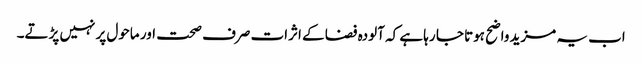
اب یہ مزید واضح ہوتا جا رہا ہے کہ آلودہ فضا کے اثرات صرف صحت اور ماحول پر نہیں پڑتے۔